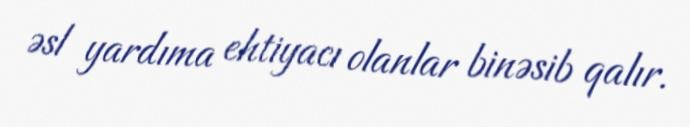
əsl yardıma ehtiyacı olanlar binəsib qalır.